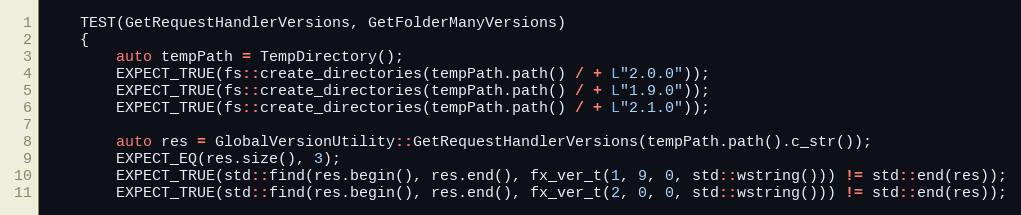
Language: C++
    TEST(GetRequestHandlerVersions, GetFolderManyVersions)
    {
        auto tempPath = TempDirectory();
        EXPECT_TRUE(fs::create_directories(tempPath.path() / + L"2.0.0"));
        EXPECT_TRUE(fs::create_directories(tempPath.path() / + L"1.9.0"));
        EXPECT_TRUE(fs::create_directories(tempPath.path() / + L"2.1.0"));

        auto res = GlobalVersionUtility::GetRequestHandlerVersions(tempPath.path().c_str());
        EXPECT_EQ(res.size(), 3);
        EXPECT_TRUE(std::find(res.begin(), res.end(), fx_ver_t(1, 9, 0, std::wstring())) != std::end(res));
        EXPECT_TRUE(std::find(res.begin(), res.end(), fx_ver_t(2, 0, 0, std::wstring())) != std::end(res));